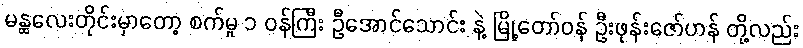
မန္ထလေးတိုင်းမှာတော့ စက်မှု ၁ ဝန်ကြီး ဦအောင်သောင်း နဲ့ မြို့တော်ဝန် ဦးဖုန်းဇော်ဟန် တို့လည်း